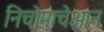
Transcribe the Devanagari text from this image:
निचोमाचेआन